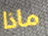
ماذا